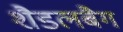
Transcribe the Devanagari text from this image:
शैडलबैग